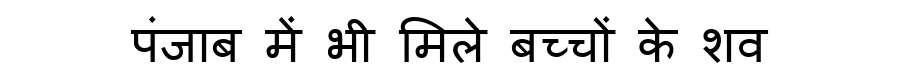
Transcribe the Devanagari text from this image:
पंजाब में भी मिले बच्चों के शव